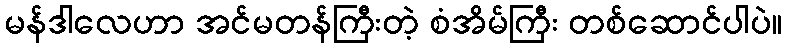
မန်ဒါလေဟာ အင်မတန်ကြီးတဲ့ စံအိမ်ကြီး တစ်ဆောင်ပါပဲ။